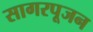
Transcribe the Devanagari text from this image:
सागरपूजन